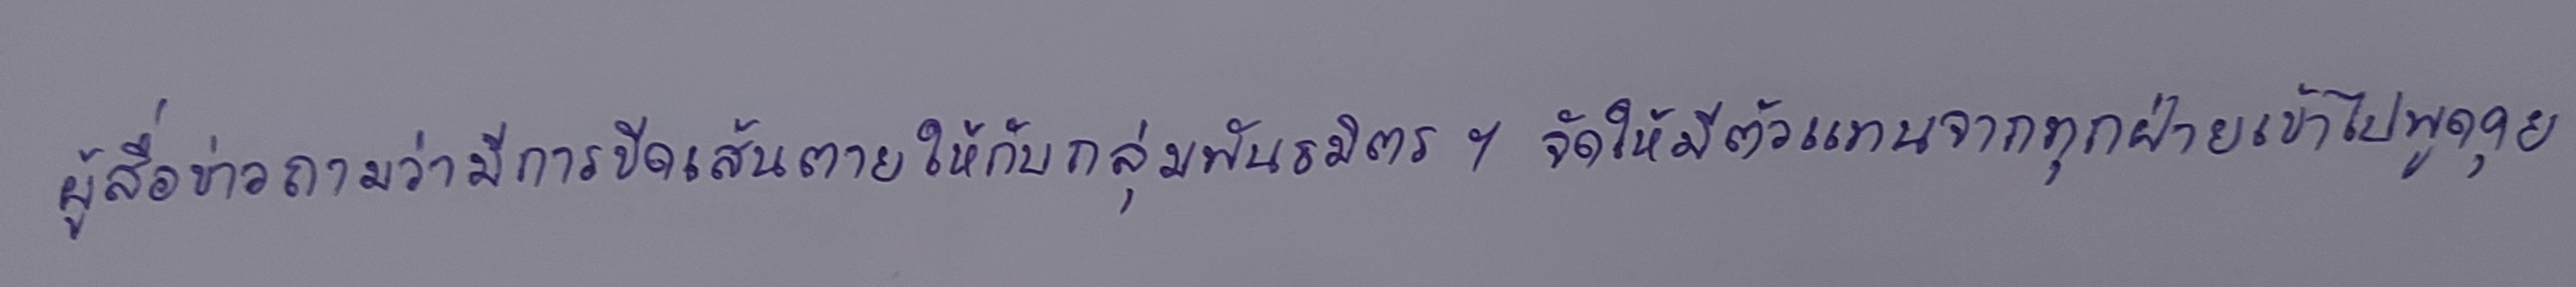
ผู้สื่อข่าวถามว่ามีการขีดเส้นตายให้กับกลุ่มพันธมิตรฯจัดให้มีตัวแทนจากทุกฝ่ายเข้าไปพูดคุย